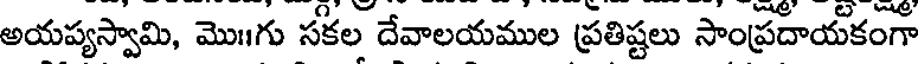
అయప్యస్వామి, మొ॥గు సకల దేవాలయముల ప్రతిష్టలు సాంప్రదాయకంగా